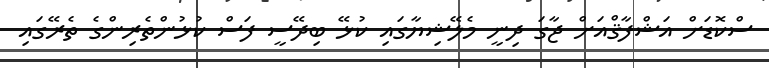
ސްކޮޑަށް އަޝްފާޤްއަށް ޖާގަ ދިނީ މެލޭޝިޔާގައި ކުޅޭ ބިދޭސީ ފަސް ކުޅުންތެރިންގެ ތެރޭގައި